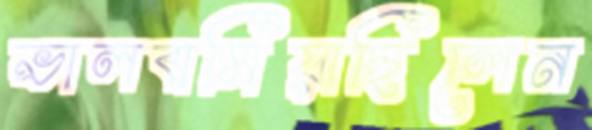
ভালবাসিয়াছিলেন